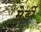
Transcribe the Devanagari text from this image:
मेर्डी